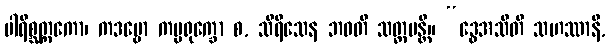
ပါရိစ္ဆတ္တကော၊ ကဒမ္ဗော ကပ္ပရုက္ခော စ, သိရီသေန ဘဝတိ သတ္တမန္တိ။ “ဒွေအသီတိ သဟဿာနိ,